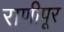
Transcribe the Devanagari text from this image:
राणीपूर